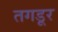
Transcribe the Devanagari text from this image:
तगडूर